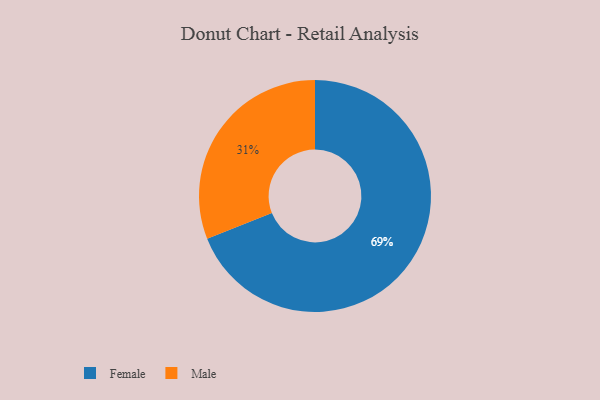
{"axis": {"x": "Category", "y": "Percentage"}, "legend": ["Female", "Male"], "data": [{"x": "Female", "y": 69, "type": "Female"}, {"x": "Male", "y": 31, "type": "Male"}]}